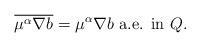
LaTeX: \begin{align*}\overline{\mu^{\alpha} \nabla b}=\mu^{\alpha} \nabla b \textrm{ a.e. in } Q. \end{align*}